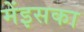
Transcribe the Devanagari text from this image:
मेंइसका